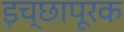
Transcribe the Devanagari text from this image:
इच्छापूरक